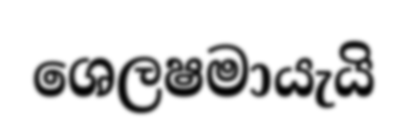
ශෙලෂමායැයි